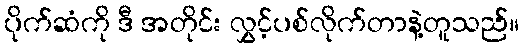
ပိုက်ဆံကို ဒီ အတိုင်း လွှင့်ပစ်လိုက်တာနဲ့တူသည်။